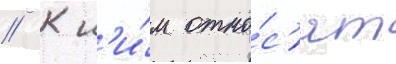
// К н'и́м отно́с'ят